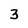
Character: 3